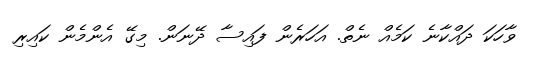
ވާހަކަ ދައްކާނެ ކަމެއް ނެތް. އަހަރެން ފައިސާ ދޭނަން. މިގޭ އެންމެން ކައިރި